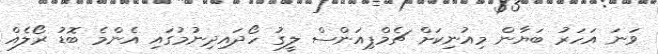
ވަނަ އަހަރު ބަޔާން މިއުނިކަށް ޗެމްޕިއަންސް ލީގު ހޯދައިދިނުމުގައި އެންމެ ބޮޑު ރޯލެއް